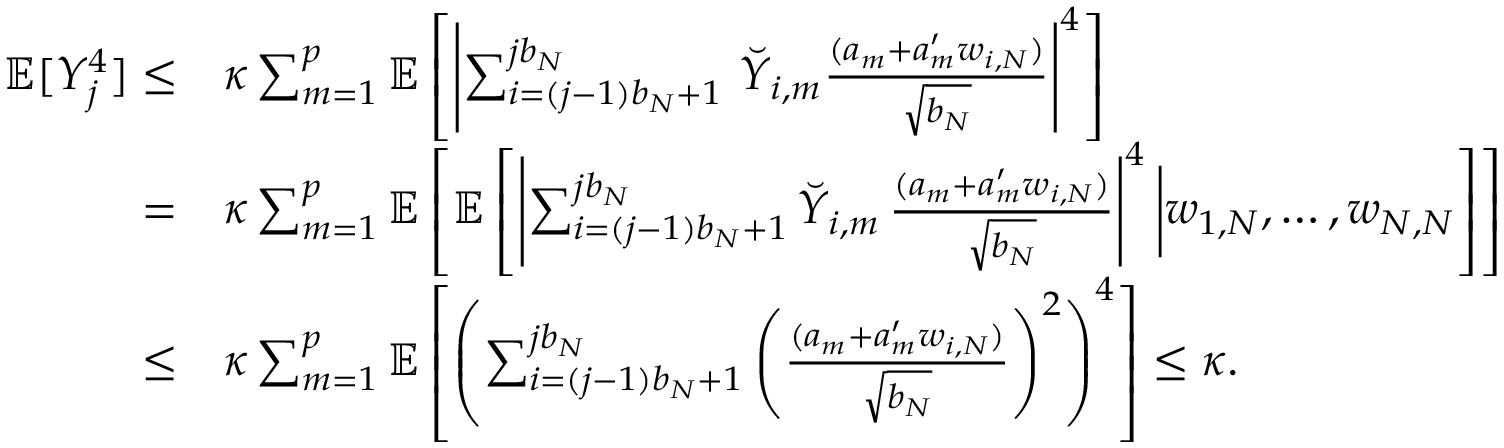
\begin{array} { r l } { \mathbb { E } [ Y _ { j } ^ { 4 } ] \le } & { \kappa \sum _ { m = 1 } ^ { p } \mathbb { E } \left[ \left| \sum _ { i = ( j - 1 ) b _ { N } + 1 } ^ { j b _ { N } } \, \breve { Y } _ { i , m } \frac { ( a _ { m } + a _ { m } ^ { \prime } w _ { i , N } ) } { \sqrt { b _ { N } } } \right| ^ { 4 } \right] } \\ { = } & { \kappa \sum _ { m = 1 } ^ { p } \mathbb { E } \left[ \mathbb { E } \left[ \left| \sum _ { i = ( j - 1 ) b _ { N } + 1 } ^ { j b _ { N } } \breve { Y } _ { i , m } \, \frac { ( a _ { m } + a _ { m } ^ { \prime } w _ { i , N } ) } { \sqrt { b _ { N } } } \right| ^ { 4 } \bigg | w _ { 1 , N } , \ldots , w _ { N , N } \right] \right] } \\ { \le } & { \kappa \sum _ { m = 1 } ^ { p } \mathbb { E } \left[ \left( \sum _ { i = ( j - 1 ) b _ { N } + 1 } ^ { j b _ { N } } \left( \frac { ( a _ { m } + a _ { m } ^ { \prime } w _ { i , N } ) } { \sqrt { b _ { N } } } \right) ^ { 2 } \right) ^ { 4 } \right] \le \kappa . } \end{array}